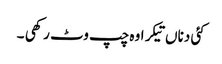
کئی دناں تیکر اوہ چپ وٹ رکھی ۔